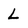
Character: L